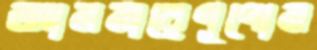
আলনারেণুপোন